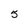
Character: 5